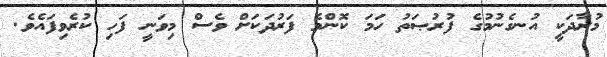
މުރާދަކީ އުނގެނުމުގެ ފުރުޞަތު ހަމަ ކޮންމެ ފަރުދަކަށް ވެސް މިވަނީ ފަހި ކުރެވިފައެވެ.